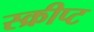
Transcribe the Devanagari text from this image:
स्क्रीप्ट